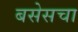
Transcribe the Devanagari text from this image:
बसेसचा